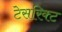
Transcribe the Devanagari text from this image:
टेसरिक्ट